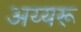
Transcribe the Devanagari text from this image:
अय्यरू